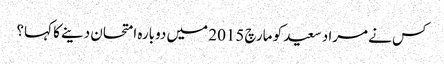
کس نے مراد سعید کو مارچ 2015 میں دوبارہ امتحان دینے کا کہا؟